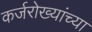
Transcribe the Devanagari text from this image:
कर्जरोख्यांच्या